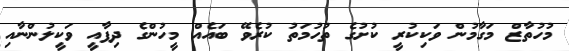
މުހުތާޒް މަގާމުން ވަކިކުރީ ކުށުގެ ތުހުމަތު ކުރެވޭ ބައެއް މީހުންގެ ދިފާއީ ވަކީލުންނާއި